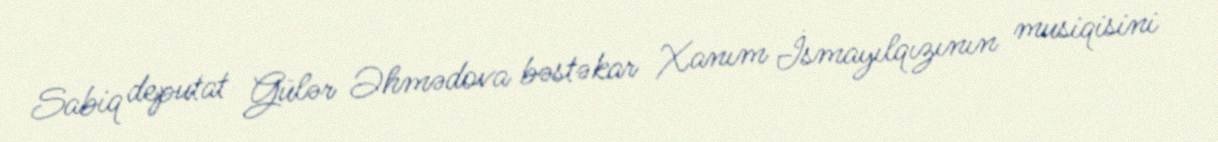
Sabiq deputat Gülər Əhmədova bəstəkar Xanım İsmayılqızının musiqisini